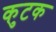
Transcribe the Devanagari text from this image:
कुटक